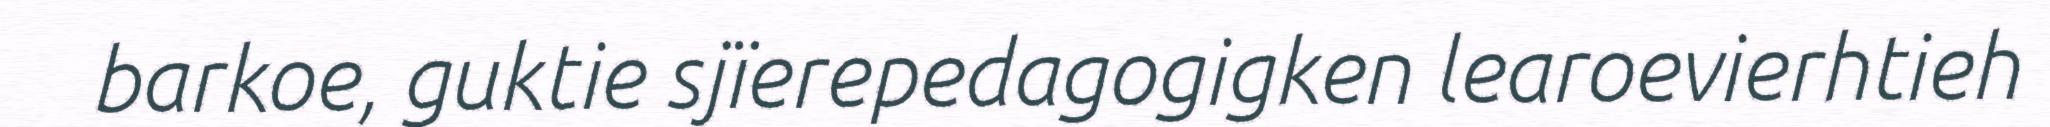
barkoe, guktie sjïerepedagogigken learoevierhtieh